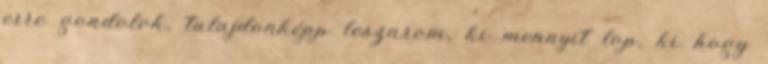
erre gondolok, tulajdonképp leszarom, ki mennyit lop, ki hogy